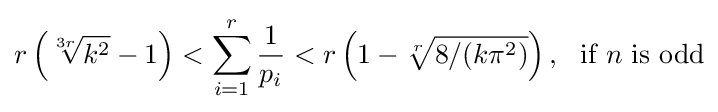
r\left({\sqrt[{3r}]{k^{2}}}-1\right)<\sum _{i=1}^{r}{\frac {1}{p_{i}}}<r\left(1-{\sqrt[{r}]{8/(k\pi ^{2})}}\right),~~{\text{if }}n{\text{ is odd}}